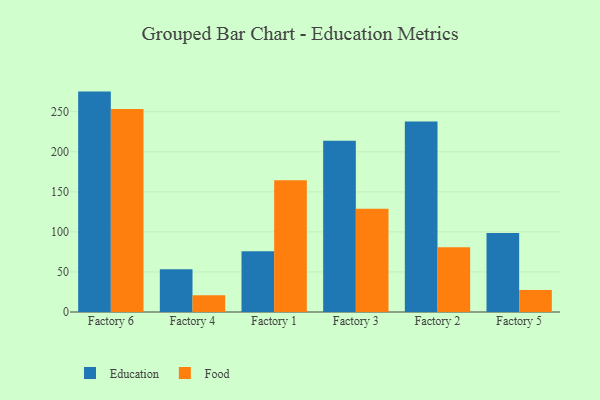
{"axis": {"x": "Factory", "y": "Tickets Resolved"}, "legend": ["Education", "Food"], "data": [{"x": "Factory 6", "y": 275.1, "type": "Education"}, {"x": "Factory 6", "y": 253.5, "type": "Food"}, {"x": "Factory 4", "y": 53.3, "type": "Education"}, {"x": "Factory 4", "y": 21.0, "type": "Food"}, {"x": "Factory 1", "y": 75.8, "type": "Education"}, {"x": "Factory 1", "y": 164.3, "type": "Food"}, {"x": "Factory 3", "y": 213.9, "type": "Education"}, {"x": "Factory 3", "y": 128.9, "type": "Food"}, {"x": "Factory 2", "y": 237.9, "type": "Education"}, {"x": "Factory 2", "y": 80.8, "type": "Food"}, {"x": "Factory 5", "y": 98.6, "type": "Education"}, {"x": "Factory 5", "y": 27.6, "type": "Food"}]}